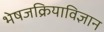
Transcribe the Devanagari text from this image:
भेषजक्रियाविज्ञान